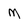
Character: M